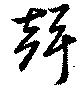
声